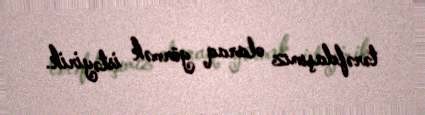
tərəfdaşımız olaraq görmək istəyirik.